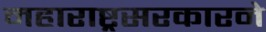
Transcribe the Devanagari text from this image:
महाराष्ट्रसरकारने